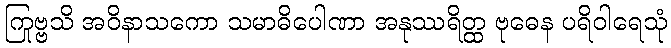
ကြုဗ္ဗသိ အဝိနာသကော သမာဓိပေါဏာ အနုဿရိတ္ထ ဗုဓေန ပရိဝါရေသုံ